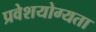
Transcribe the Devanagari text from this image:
प्रवेशयोग्यता